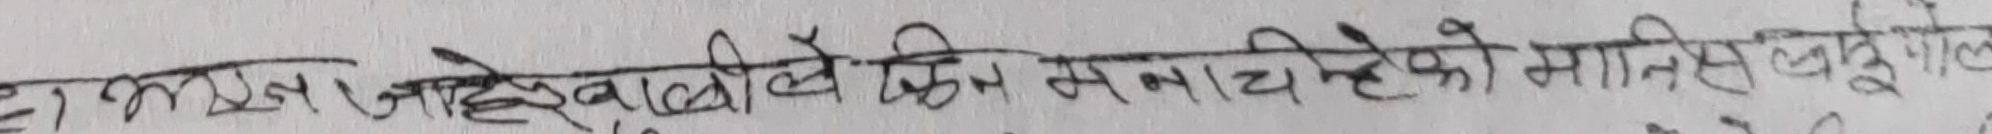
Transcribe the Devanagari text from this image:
हाम्रो जहेवालिले किन समात्थेको मानिस भन्यो होला